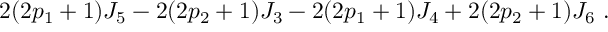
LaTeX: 2 ( 2 p _ { 1 } + 1 ) J _ { 5 } - 2 ( 2 p _ { 2 } + 1 ) J _ { 3 } - 2 ( 2 p _ { 1 } + 1 ) J _ { 4 } + 2 ( 2 p _ { 2 } + 1 ) J _ { 6 } \ .